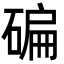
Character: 碥